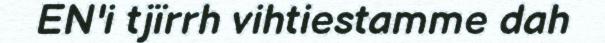
EN'i tjïrrh vihtiestamme dah